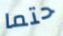
حتما